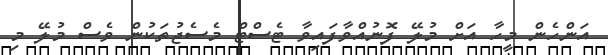
އަންހެން މީހާ އަށް މުލޭ ފޮނުއްވާފައިވާ ޓެސްޓް މެސެޖުތަކުން ވެސް މުލޭ މި